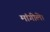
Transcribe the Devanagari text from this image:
मांगीले।